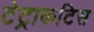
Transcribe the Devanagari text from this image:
टेट्राकटिस